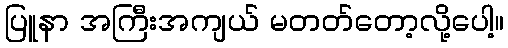
ပြူနာ အကြီးအကျယ် မတတ်တော့လို့ပေါ့။